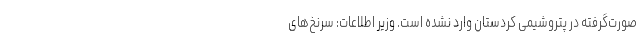
صورت‌گرفته در پتروشیمی کردستان وارد نشده است. وزیر اطلاعات: سرنخ‌های